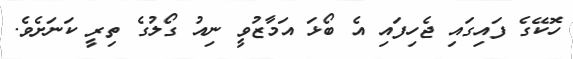
ހޮކޭގެ ފައިގައި ޖެހިފައި އެ ބޯޅަ އަމާޒުވީ ނިއު ގޯލުގެ ތިރީ ކަނަށެވެ.